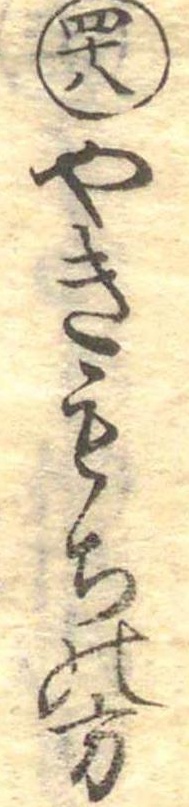
四十八やきもちの方